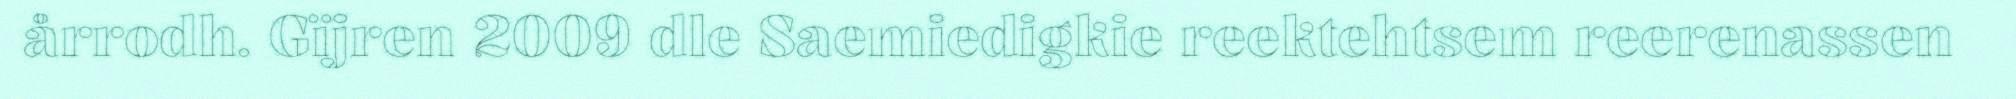
årrodh. Gïjren 2009 dle Saemiedigkie reektehtsem reerenassen